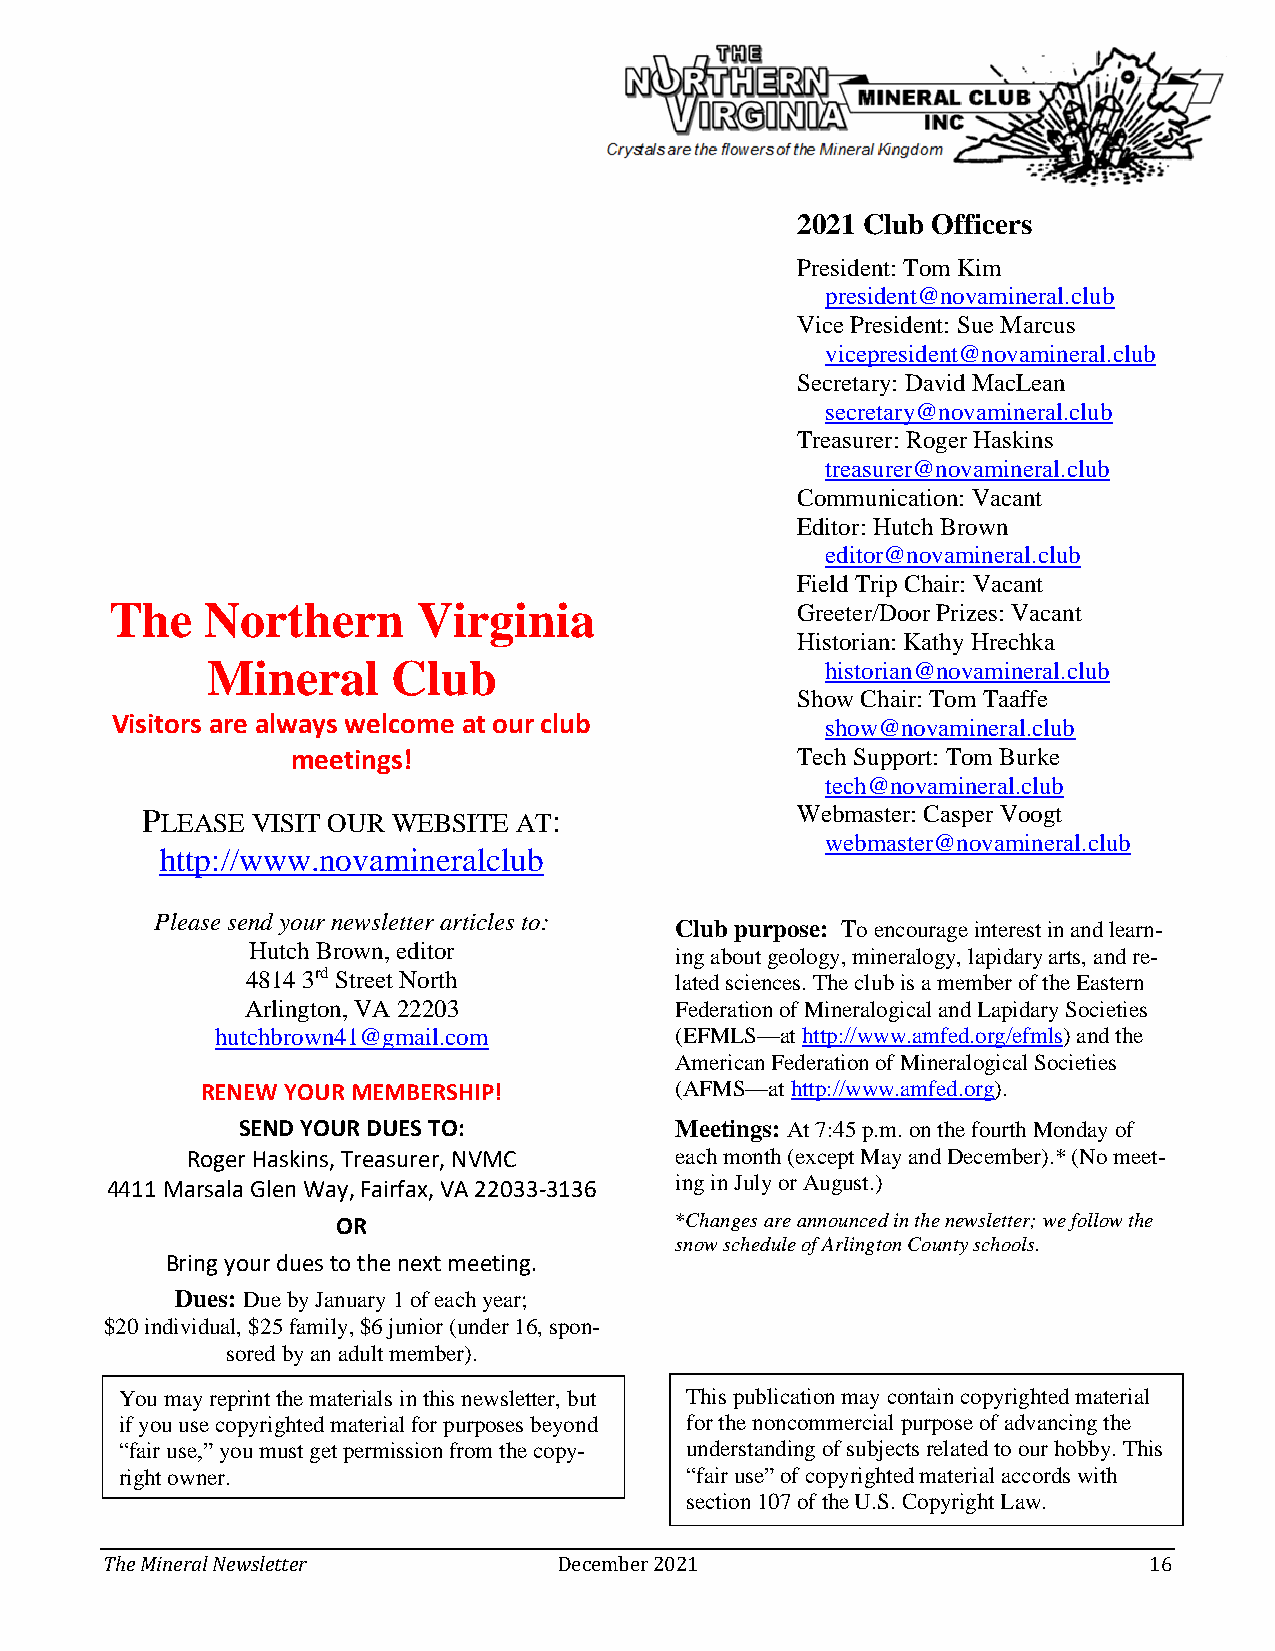
2021 Club Officers
 President: Tom Kim
 president@novamineral.club
 Vice President: Sue Marcus
 vicepresident@novamineral.club
 Secretary: David MacLean
 secretary@novamineral.club
 Treasurer: Roger Haskins
 treasurer@novamineral.club
 Communication: Vacant
 Editor: Hutch Brown
 editor@novamineral.club
 Field Trip Chair: Vacant
 The    Northern      Virginia                 Greeter/Door Prizes: Vacant
 Historian: Kathy Hrechka
 Mineral     Club                         historian@novamineral.club
 Show Chair: Tom Taaffe
 Visitors are always welcome at our club         show@novamineral.club
 meetings!                         Tech Support: Tom Burke
 tech@novamineral.club
 PLEASE  VISIT OUR WEBSITE AT:               Webmaster: Casper Voogt
 webmaster@novamineral.club
 http://www.novamineralclub
 Please send your newsletter articles to:
 Club purpose: To encourage interest in and learn-
 Hutch Brown, editor
 ing about geology, mineralogy, lapidary arts, and re-
 4814 3rd Street North        lated sciences. The club is a member of the Eastern
 Arlington, VA 22203          Federation of Mineralogical and Lapidary Societies
 hutchbrown41@gmail.com         (EFMLS—at http://www.amfed.org/efmls) and the
 American Federation of Mineralogical Societies
 RENEW YOUR MEMBERSHIP!          (AFMS—at http://www.amfed.org).
 SEND YOUR DUES TO:           Meetings: At 7:45 p.m. on the fourth Monday of
 Roger Haskins, Treasurer, NVMC   each month (except May and December).* (No meet-
 ing in July or August.)
 4411 Marsala Glen Way, Fairfax, VA 22033-3136
 OR                     *Changes are announced in the newsletter; we follow the
 snow schedule of Arlington County schools.
 Bring your dues to the next meeting.
 Dues: Due by January 1 of each year;
 $20 individual, $25 family, $6 junior (under 16, spon-
 sored by an adult member).
 You may reprint the materials in this newsletter, but This publication may contain copyrighted material
 if you use copyrighted material for purposes beyond for the noncommercial purpose of advancing the
 “fair use,” you must get permission from the copy- understanding of subjects related to our hobby. This
 right owner.                         “fair use” of copyrighted material accords with
 section 107 of the U.S. Copyright Law.
 The Mineral Newsletter        December 2021                          16